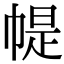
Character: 𢃰